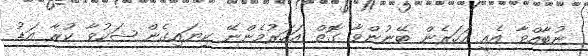
ނުބާއްވާ އެއީ އަހަރެން ބޭނުންވާ ގޮތް އަހަރުމެންނޭ ކިޔައިގެން ޝަކުވާ ކުރާ އަޑު